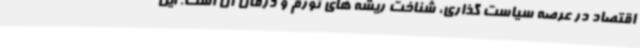
اقتصاد در عرصه سیاست گذاری، شناخت ریشه های تورم و درمان آن است. این